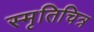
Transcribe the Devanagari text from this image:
स्मृतिचित्र